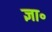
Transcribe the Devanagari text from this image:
ज्ञा॰